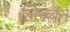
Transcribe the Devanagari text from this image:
लिज़्बन